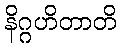
နိဂ္ဂဟိတာတိ